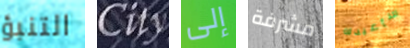
التنبؤ City إلى مشرفة سأعيدك